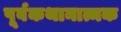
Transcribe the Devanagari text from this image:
पूर्वकथानात्मक